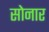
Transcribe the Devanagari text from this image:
साेनार